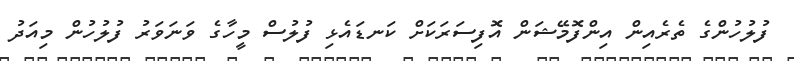
ފުލުހުންގެ ތެރެއިން އިންފޮމޭޝަން އޮފިސަރަކަށް ކަނޑައެޅި ފުލުސް މީހާގެ ވަނަވަރު ފުލުހުން މިއަދު